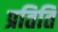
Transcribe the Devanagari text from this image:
प्रतिति